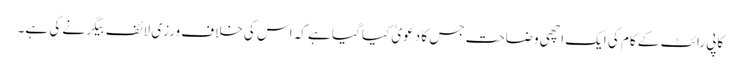
کاپی رائٹ کے کام کی ایک اچھی وضاحت جس کا دعویٰ کیا گیا ہے کہ اس کی خلاف ورزی لائف بیگر نے کی ہے۔